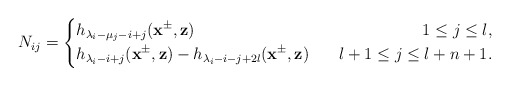
\begin{align*}N_{ij}=\left\{\begin{aligned}&h_{\lambda_i-\mu_j-i+j}(\mathbf{x}^{\pm},\mathbf{z})~~&~~1\leq j\leq l,\\&h_{\lambda_i-i+j}(\mathbf{x}^{\pm},\mathbf{z})-h_{\lambda_i-i-j+2l}(\mathbf{x}^{\pm},\mathbf{z})~&~~l+1\leq j\leq l+n+1.\end{aligned}\right.\end{align*}